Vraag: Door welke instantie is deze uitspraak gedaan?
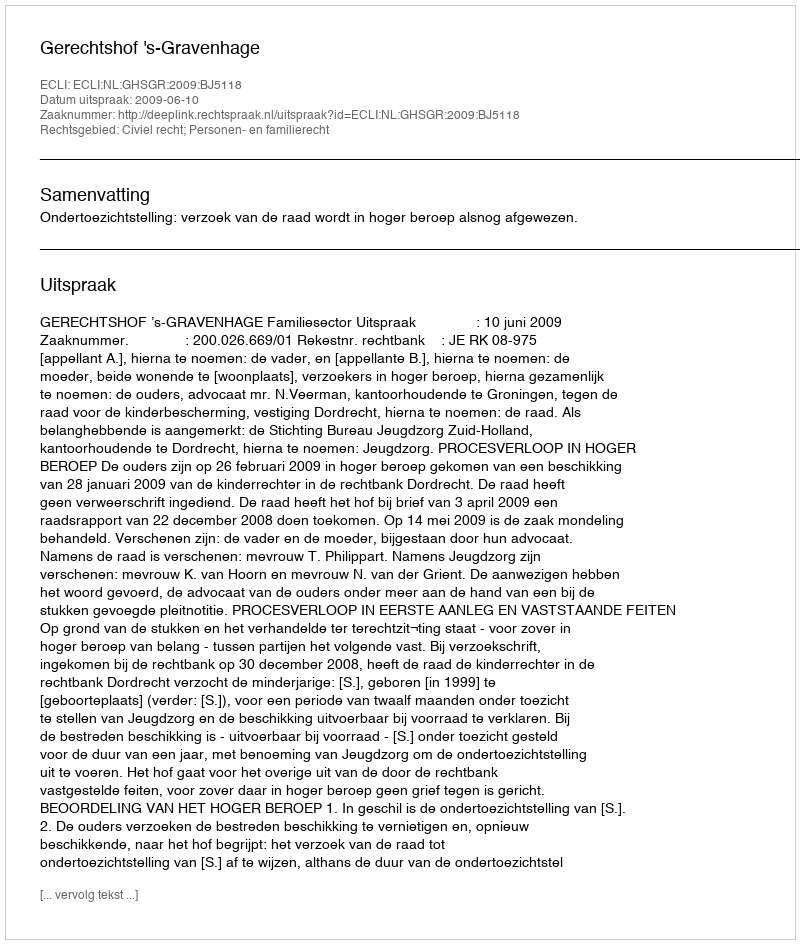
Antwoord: Gerechtshof 's-Gravenhage